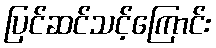
ပြင်ဆင်သင့်ကြောင်း